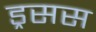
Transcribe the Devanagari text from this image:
ड्रसस